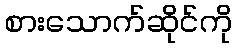
စားသောက်ဆိုင်ကို